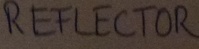
Text: REFLECTOR